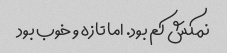
نمکش کم بود. اما تازه و خوب بود